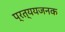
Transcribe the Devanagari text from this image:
प्रत्ययजनक